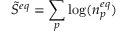
{ \tilde { S } } ^ { e q } = \sum _ { p } \log ( n _ { p } ^ { e q } )